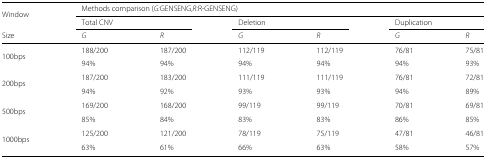
<table><thead><tr><td><b>Window</b></td><td colspan="4"><b>Methods comparison (<i>G:</i>GENSENG,<i>R:</i>R-GENSENG)</b></td><td></td><td></td></tr><tr><td></td><td colspan="2"><b>Total CNV</b></td><td colspan="2"><b>Deletion</b></td><td colspan="2"><b>Duplication</b></td></tr><tr><td><b>Size</b></td><td><b><i>G</i></b></td><td><b><i>R</i></b></td><td><b><i>G</i></b></td><td><b><i>R</i></b></td><td><b><i>G</i></b></td><td><b><i>R</i></b></td></tr></thead><tbody><tr><td>100bps</td><td>188/200</td><td>187/200</td><td>112/119</td><td>112/119</td><td>76/81</td><td>75/81</td></tr><tr><td></td><td>94%</td><td>94%</td><td>94%</td><td>94%</td><td>94%</td><td>93%</td></tr><tr><td>200bps</td><td>187/200</td><td>183/200</td><td>111/119</td><td>111/119</td><td>76/81</td><td>72/81</td></tr><tr><td></td><td>94%</td><td>92%</td><td>93%</td><td>93%</td><td>94%</td><td>89%</td></tr><tr><td>500bps</td><td>169/200</td><td>168/200</td><td>99/119</td><td>99/119</td><td>70/81</td><td>69/81</td></tr><tr><td></td><td>85%</td><td>84%</td><td>83%</td><td>83%</td><td>86%</td><td>85%</td></tr><tr><td>1000bps</td><td>125/200</td><td>121/200</td><td>78/119</td><td>75/119</td><td>47/81</td><td>46/81</td></tr><tr><td></td><td>63%</td><td>61%</td><td>66%</td><td>63%</td><td>58%</td><td>57%</td></tr></tbody></table>